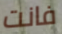
فانت